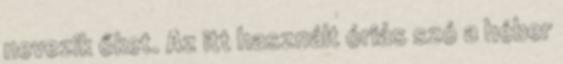
nevezik őket. Az itt használt óriás szó a héber